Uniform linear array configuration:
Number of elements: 32
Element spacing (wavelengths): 0.5
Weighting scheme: hann
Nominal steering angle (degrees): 15
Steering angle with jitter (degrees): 13.003
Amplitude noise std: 0.05
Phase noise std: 0.05

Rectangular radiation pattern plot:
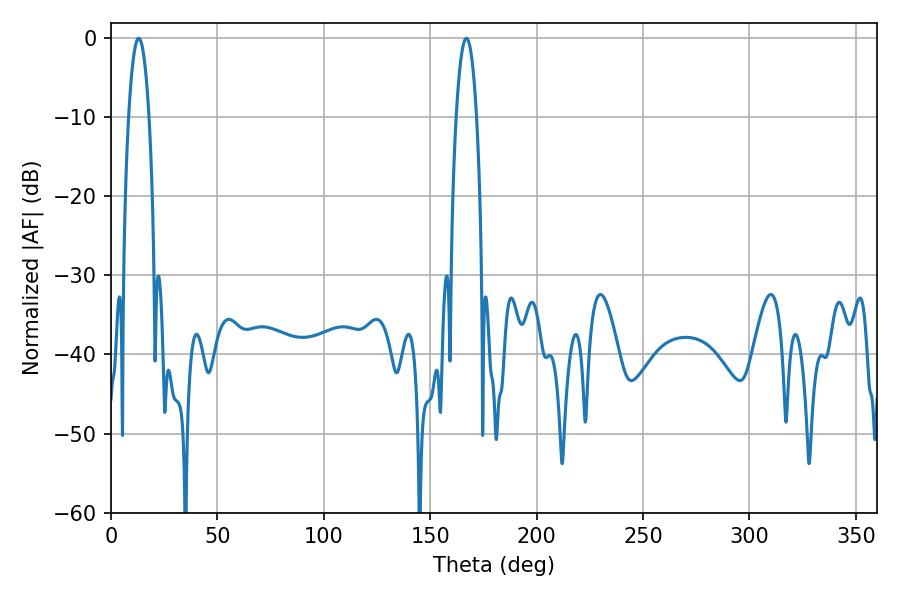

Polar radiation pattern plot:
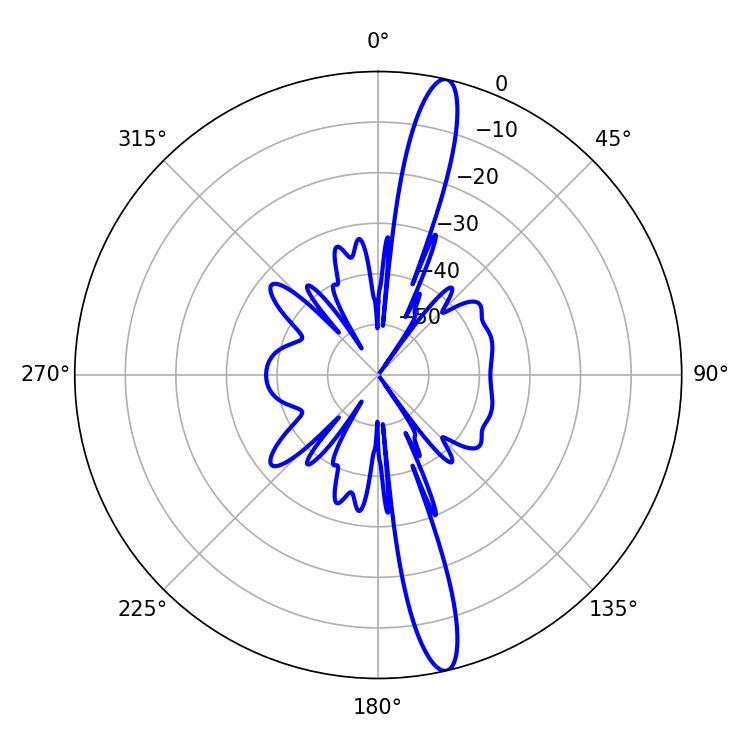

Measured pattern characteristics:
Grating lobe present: FALSE
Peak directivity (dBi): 16.474
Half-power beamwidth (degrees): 5.22
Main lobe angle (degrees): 12.96